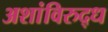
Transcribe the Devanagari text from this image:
अशांविरुद्ध